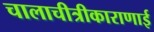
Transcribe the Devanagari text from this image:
चालाचीत्रीकाराणाई